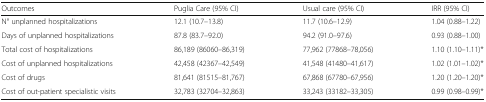
<table><thead><tr><td><b>Outcomes</b></td><td><b>Puglia Care (95% CI)</b></td><td><b>Usual care (95% CI)</b></td><td><b>IRR (95% CI)</b></td></tr></thead><tbody><tr><td>N° unplanned hospitalizations</td><td>12.1 (10.7–13.8)</td><td>11.7 (10.6–12.9)</td><td>1.04 (0.88–1.22)</td></tr><tr><td>Days of unplanned hospitalizations</td><td>87.8 (83.7–92.0)</td><td>94.2 (91.0–97.6)</td><td>0.93 (0.88–1.00)</td></tr><tr><td>Total cost of hospitalizations</td><td>86,189 (86060–86,319)</td><td>77,962 (77868–78,056)</td><td>1.10 (1.10–1.11)*</td></tr><tr><td>Cost of unplanned hospitalizations</td><td>42,458 (42367–42,549)</td><td>41,548 (41480–41,617)</td><td>1.02 (1.01–1.02)*</td></tr><tr><td>Cost of drugs</td><td>81,641 (81515–81,767)</td><td>67,868 (67780–67,956)</td><td>1.20 (1.20–1.20)*</td></tr><tr><td>Cost of out-patient specialistic visits</td><td>32,783 (32704–32,863)</td><td>33,243 (33182–33,305)</td><td>0.99 (0.98–0.99)*</td></tr></tbody></table>